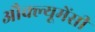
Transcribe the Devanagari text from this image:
औक्ल्यूमेंसी